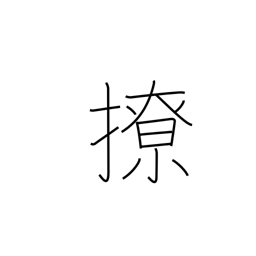
Meaning: disorder